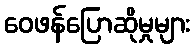
ဝေဖန်ပြောဆိုမှုများ